[Report on the health of British troops in the Madras command]
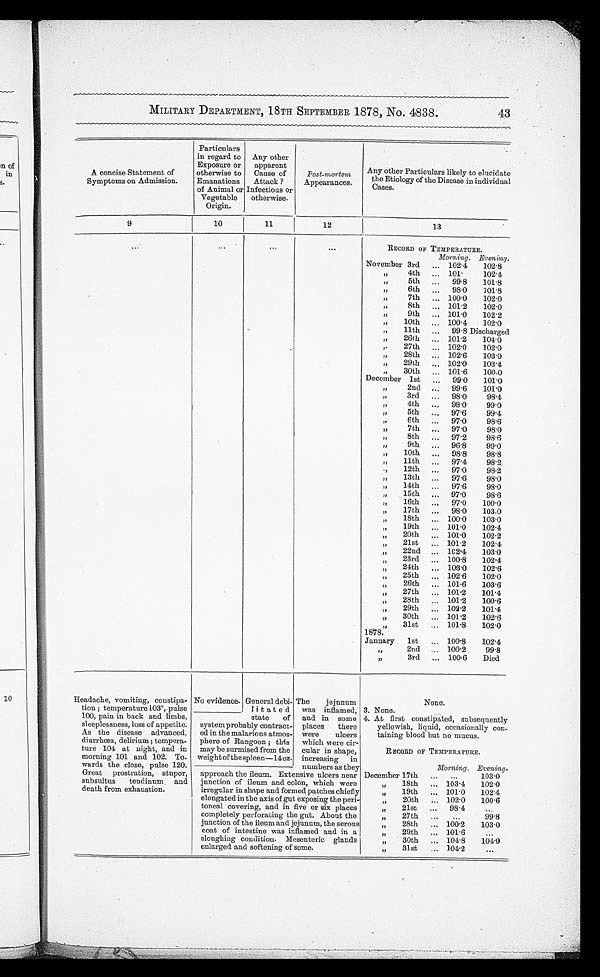
General debi-
litated
state of
system probably contract
-ed in the malarious atmos-
phere of Rangoon; this
may be surmised from the
weight of the spleen—14 oz.
No evidence.
MILITARY DEPARTMENT, 18TH SEPTEMBER 1878, No. 4838.
43
A concise Statement of
Symptoms on Admission.
Particulars
in regard to
Exposure or
otherwise to
Emanations
of Animal or
Vegetable
Origin.
Any other
apparent
Cause of
Attack?
Infectious or
otherwise.
Post-mortem
Appearances.
Any other Particulars likely to elucidate
the Etiology of the Disease in individual
Cases.
9
10
11
12
13
...
. . .
. . .
. . .
RECORD OF TEMPERATURE.
Morning. Evening.
November 3rd
102.4
102.8
” 4th
101.
102.4
” 5th
99.8
101.8
” 6th
98.0
101.8
” 7th
100.0
102.0
” 8th
101.2
102.0
” 9th
101.0
102.2
” 10th
100.4
102.0
” 11th
9 9 . 8 D i s c h a r g e d
” 26th 101.2
104.0
” 2 7 t h
102.0
102.0
” 28th 102.6
103.0
” 29th 102.0 103.4
” 30th 101.6
100.0
December 1st
99.0
101.0
” 2nd
99.6
101.0
” 3rd
98.0
9 8 . 4
” 4th
98.0
99.0
” 5th
97.6
99.4
” 6th
97.0
98.6
” 7th
97.0
98.0
” 8th
97.2
98.6
” 9th 96.8
99.0
” 10th
98.8
98.8
” 1 1 t h
97.4
98.2
” 1 2 t h
97.0
9 8 . 2
” 1 3 t h
97.6
98.0
” 1 4 t h
97.6
98.0
” 1 5 t h
97.0
98.6
” 16th
97.0
100.0
” 1 7 t h
98.0
103.0
”18th
100.0
103.0
” 19th
1 0 1 . 0 102.4
” 20th
101.0
102.2
” 2 1 s t
101.2
102.4
” 2 2 n d 102.4
103.0
” 2 3 r d
100.8
102.4
” 2 4 t h
103.0
102.6
” 2 5 t h
102.6
102.0
” 26th
101.6
103.6
” 2 7 t h 101.2
101.4
” 2 8 t h
101.2
100.6
” 2 9 t h
102.2
101.4
” 3 0 t h
101.2
102.6
” 31st
101.8
102.0
1878.
January 1st
100.8
102.4
” 2nd
100.2
99.8
” 3rd
100.6
Died
Headache, vomiting, constipa
- t i o n ; t e m p e r a t u r e 1 0 3°, p u l s e
100, pain in back and limbs,
sleeplessness, loss of appetite.
As the disease advanced,
diarrhœa, delirium; tempera
- t u r e 1 0 4 a t n i g h t , a n d i n
morning 101 and 102. To
- w a r d s t h e c l o s e , p u l s e 1 2 0 .
Great prostration, stupor,
subsultus tendinum and
death from exhaustion.
The jejunum
was inflamed,
and in some
places there
were ulcers
which were cir
- c u l a r i n s h a p e ,
increasing in
numbers as they
approach the ileum. Extensive ulcers near
junction of ileum and colon, which were
irregular in shape and formed patches chiefly
elongated in the axis of gut exposing the peri
- t o n e a l c o v e r i n g , a n d i n f i v e o r s i x p l a c e s
completely perforating the gut. About the
junction of the ileum and jejunum, the serous
coat of intestine was inflamed and in a
sloughing condition. Mesenteric glands
enlarged and softening of some.
None.
3 . N o n e .
4 . At f i r s t c o n s t i p a t e d , s u b s e q u e n t l y
yellowish, liquid, occasionally co
n - t a i n i n g b l o o d b u t n o mu c u s .
RECORD OF TEMPERATURE.
Morning. Evening.
December 17th
...
103.0
” 18th
103.4
102.0
” 1 9 t h
101.0
102.4
” 20th
102.0
100.6
” 21st
98.4 ...
” 27th ...
99.8
” 28th
100.2
103.0
” 29th
101.6
...
” 3 0 t h
1 0 4 . 8
104. 0
” 3 1 s t
1 0 4 . 2
...